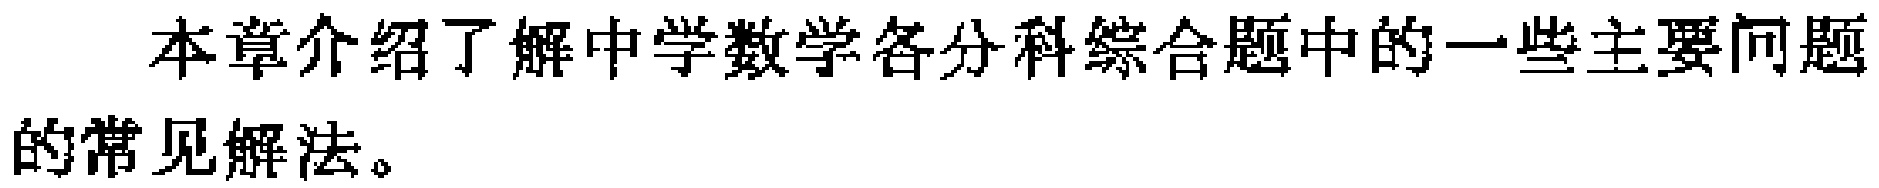
本章介绍了解中学数学各分科综合题中的一些主要问题的常见解法。